Medical and sanitary report of the native army of Bengal for the year
Year: 1876
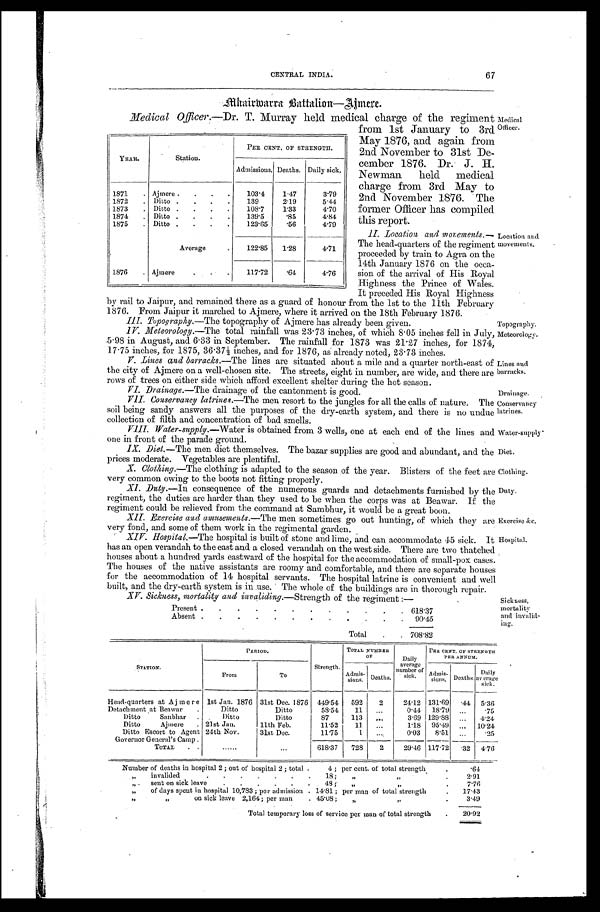
Medical
Officer.
Location and
movements.
Topography.
Meteorology.
Lines and
barracks.
Drainage.
Conservancy
latrines.
Water-supply.
Diet.
Clothing.
Duty.
Exercise &c.
Hospital.
Sickness,
mortality
and invalid-
ing.
67
CENTRAL INDIA.
Mhairmarra Battalion—Aimere.
Medical Officer.—Dr. T. Murray held medical charge of the regiment
YEAR.
Station.
PER CENT, OF STRENGTH.
Admissions. Deaths. Daily sick.
1871
. Ajmere .
.
.
.
103.4
1.47
3.79
1872
. Ditto .
.
.
.
139
2.19
5.44
1873
. Ditto .
.
.
.
108.7
1.33
4.70
1874
. Ditto .
.
.
.
139.5
.85
4.84
1875
. Ditto .
.
.
.
123.65
.56
4.79
Average
.
122.85
1.28
4.71
1876
. Ajmere
.
. .
117.72
.64
4.76
from 1st January to 3rd
May 1876, and again from
2nd November to 31st De
-cember 1876. Dr. J. H.
Newman held medical
charge from 3rd May to
2nd November 1876. The
former Officer has compiled
this report.
II. Location and movements.
— T h e h e a d - q u a r t e r s o f t h e r e g i m e n t
proceeded by train to Agra on the
14th January 1876 on the occa-
sion of the arrival of His Royal
Highness the Prince of Wales.
It preceded His Royal Highness
by rail to Jaipur, and remained there as a guard of honour from the 1st to the 11th February
1876. From Jaipur it marched to Ajmere, where it arrived on the 18th February 1876.
III. Topography.—The topography of Ajmere has already been given.
IV. Meteorology.—The total rainfall was 23 . 73 inches, of which 8 . 05 inches fell in July,
5 . 98 in August, and 6.33 in September. The rainfall for 1873 was 21 . 27 inches, for 1874,
17.75 inches, for 1875, 36 . 37½ inches, and for 1876, as already noted, 23 . 73 inches.
V. Lines and barracks.— The lines are situated about a mile and a quarter north-east of
the city of Ajmere on a well-chosen site. The streets, eight in number, are wide, and there are
rows of trees on either side which afford excellent shelter during the hot season.
V I . D r a i n a g e .—
T h e
d r a i n a g e o f t h e c a n t o n m e n t i s g o o d .
VII. Conservancy latrines.—The men resort to the jungles for all the calls of nature. The
soil being sandy answers all the purposes of the dry-earth system, and there is no undue
collection of filth and concentration of bad smells.
VIII. Water-supply.—Water is obtained from 3 wells, one at each end of the lines and
one in front of the parade ground.
IX. Diet.—The men diet themselves. The bazar supplies are good and abundant, and the
prices moderate. Vegetables are plentiful.
X. Clothing.—The clothing is adapted to the season of the year. Blisters of the feet are
very common owing to the boots not fitting properly.
XI. Duty.—In consequence of the numerous guards and detachments furnished by the
regiment, the duties are harder than they used to be when the corps was at Beawar. If the
regiment could be relieved from the command at Sambhur, it would be a great boon.
XII. Exercise and amusements.— The men sometimes go out hunting, of which they are
very fond, and some of them work in the regimental garden.
XIV. Hospital.—The hospital is built of stone and lime, and can accommodate 45 sick. It
has an open verandah to the east and a closed verandah on the west side. There are two thatched
houses about a hundred yards eastward of the hospital for the accommodation of small-pox cases
The houses of the native assistants are roomy and comfortable, and there are separate house
for the accommodation of 14 hospital servants. The hospital latrine is convenient and well
built, and the dry-earth system is in use. The whole of the buildings are in thorough repair.
XV. Sickness, mortality and invaliding.— Strength of the regiment :—
Present .
.
.
.
.
.
.
.
.
.
.
.
618.37
Absent .
.
.
.
.
.
.
.
.
. .
.
90.45
Total
.
. 708.82
STATION.
PERIOD.
Strength.
TOTAL NUMBER
OF
Daily
average
number of
sick.
PER CENT. OF STRENGTH
PER ANNUM.
From
To
Admis-
sions. Deaths.
Admis-
sions. Deaths.
Daily
average
sick.
Head-quarters at Ajmere 1st Jan. 1876 31st Dec. 1876 449.54
592
2
24.12 131.69
. 4 4 5.36
Detachment at Beawar
.
Ditto
Ditto
58.54
11
. . .
0.44
18.79 ...
.75
Ditto Sanbhar
.
Ditto
Ditto
87
113
. . .
3.69 129.88 ...
4.24
Ditto Ajmere
. 21st Jan.
11th Feb.
11.52
11
. . .
1.18 95 . 49 ...
10.24
Ditto Escort to Agent 24th Nov.
31st Dec.
11.75
1
...
0.03
8.51
... .25
Governor General's Camp .
TOTAL
.
.
......
...
618.37
728
2
29.46 117.72
. 3 2 4.76
Number
of deaths in hospital 2 ; out hospitas 2 ; total .
4 ;
per cent. of total strength
.
. 6 4
„ invalided
.
.
.
.
.
. .
1 8 ;
„
„
.
2.91
„
sent on sick leave
.
.
.
.
.
.
48 ;
„
„
.
7.76
„
of days spent in hospital 10,783 ; per admission . 14.81 ; per man of total strength
.
17.43
„
„
on sick leave 2,164; per man
. 45.08;
„
„
.
3.49
Total temporary loss of service per man of total strength
. 20.92